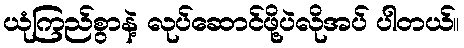
ယုံကြည်စွာနဲ့ လုပ်ဆောင်ဖို့ပဲလိုအပ် ပါတယ်။